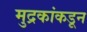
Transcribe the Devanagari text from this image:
मुद्रकांकडून